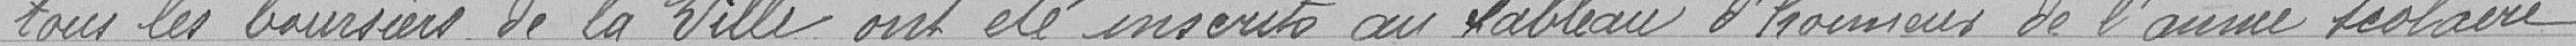
tous les boursiers de la Ville ont été inscrits au tableau d'honneur de l'année scolaire